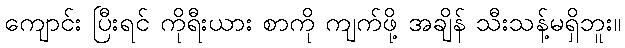
ကျောင်း ပြီးရင် ကိုရီးယား စာကို ကျက်ဖို့ အချိန် သီးသန့်မရှိဘူး။